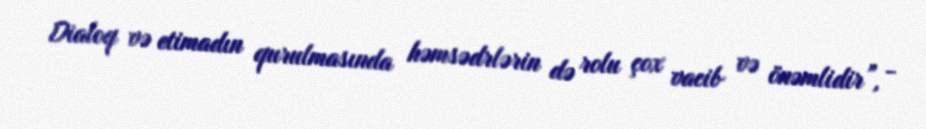
Dialoq və etimadın qurulmasında həmsədrlərin də rolu çox vacib və önəmlidir”, -